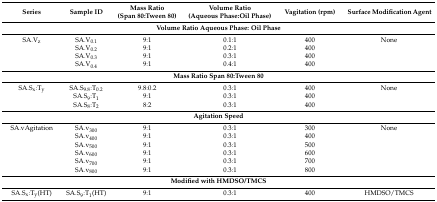
| Series | Sample ID | Mass Ratio (Span 80:Tween 80) | Volume Ratio (Aqueous Phase:Oil Phase) | Vagitation (rpm) | Surface Modification Agent |
 | --- | --- | --- | --- | --- | --- |
 | <COLSPAN=6> Volume Ratio Aqueous Phase: Oil Phase |
 | SA.Vz | SA.V0.1 | 9:1 | 0.1:1 | 400 | None |
 |  | SA.V0.2 | 9:1 | 0.2:1 | 400 |  |
 |  | SA.V0.3 | 9:1 | 0.3:1 | 400 |  |
 |  | SA.V0.4 | 9:1 | 0.4:1 | 400 |  |
 | <COLSPAN=6> Mass Ratio Span 80:Tween 80 |
 | SA.Sx:Ty | SA.S9.8:T0.2 | 9.8:0.2 | 0.3:1 | 400 | None |
 |  | SA.S9:T1 | 9:1 | 0.3:1 | 400 |  |
 |  | SA.S8:T2 | 8:2 | 0.3:1 | 400 |  |
 | <COLSPAN=6> Agitation Speed |
 | SA.vAgitation | SA.v300 | 9:1 | 0.3:1 | 300 | None |
 |  | SA.v400 | 9:1 | 0.3:1 | 400 |  |
 |  | SA.v500 | 9:1 | 0.3:1 | 500 |  |
 |  | SA.v600 | 9:1 | 0.3:1 | 600 |  |
 |  | SA.v700 | 9:1 | 0.3:1 | 700 |  |
 |  | SA.v800 | 9:1 | 0.3:1 | 800 |  |
 | <COLSPAN=6> Modified with HMDSO/TMCS |
 | SA.Sx:Ty(HT) | SA.S9:T1(HT) | 9:1 | 0.3:1 | 400 | HMDSO/TMCS |